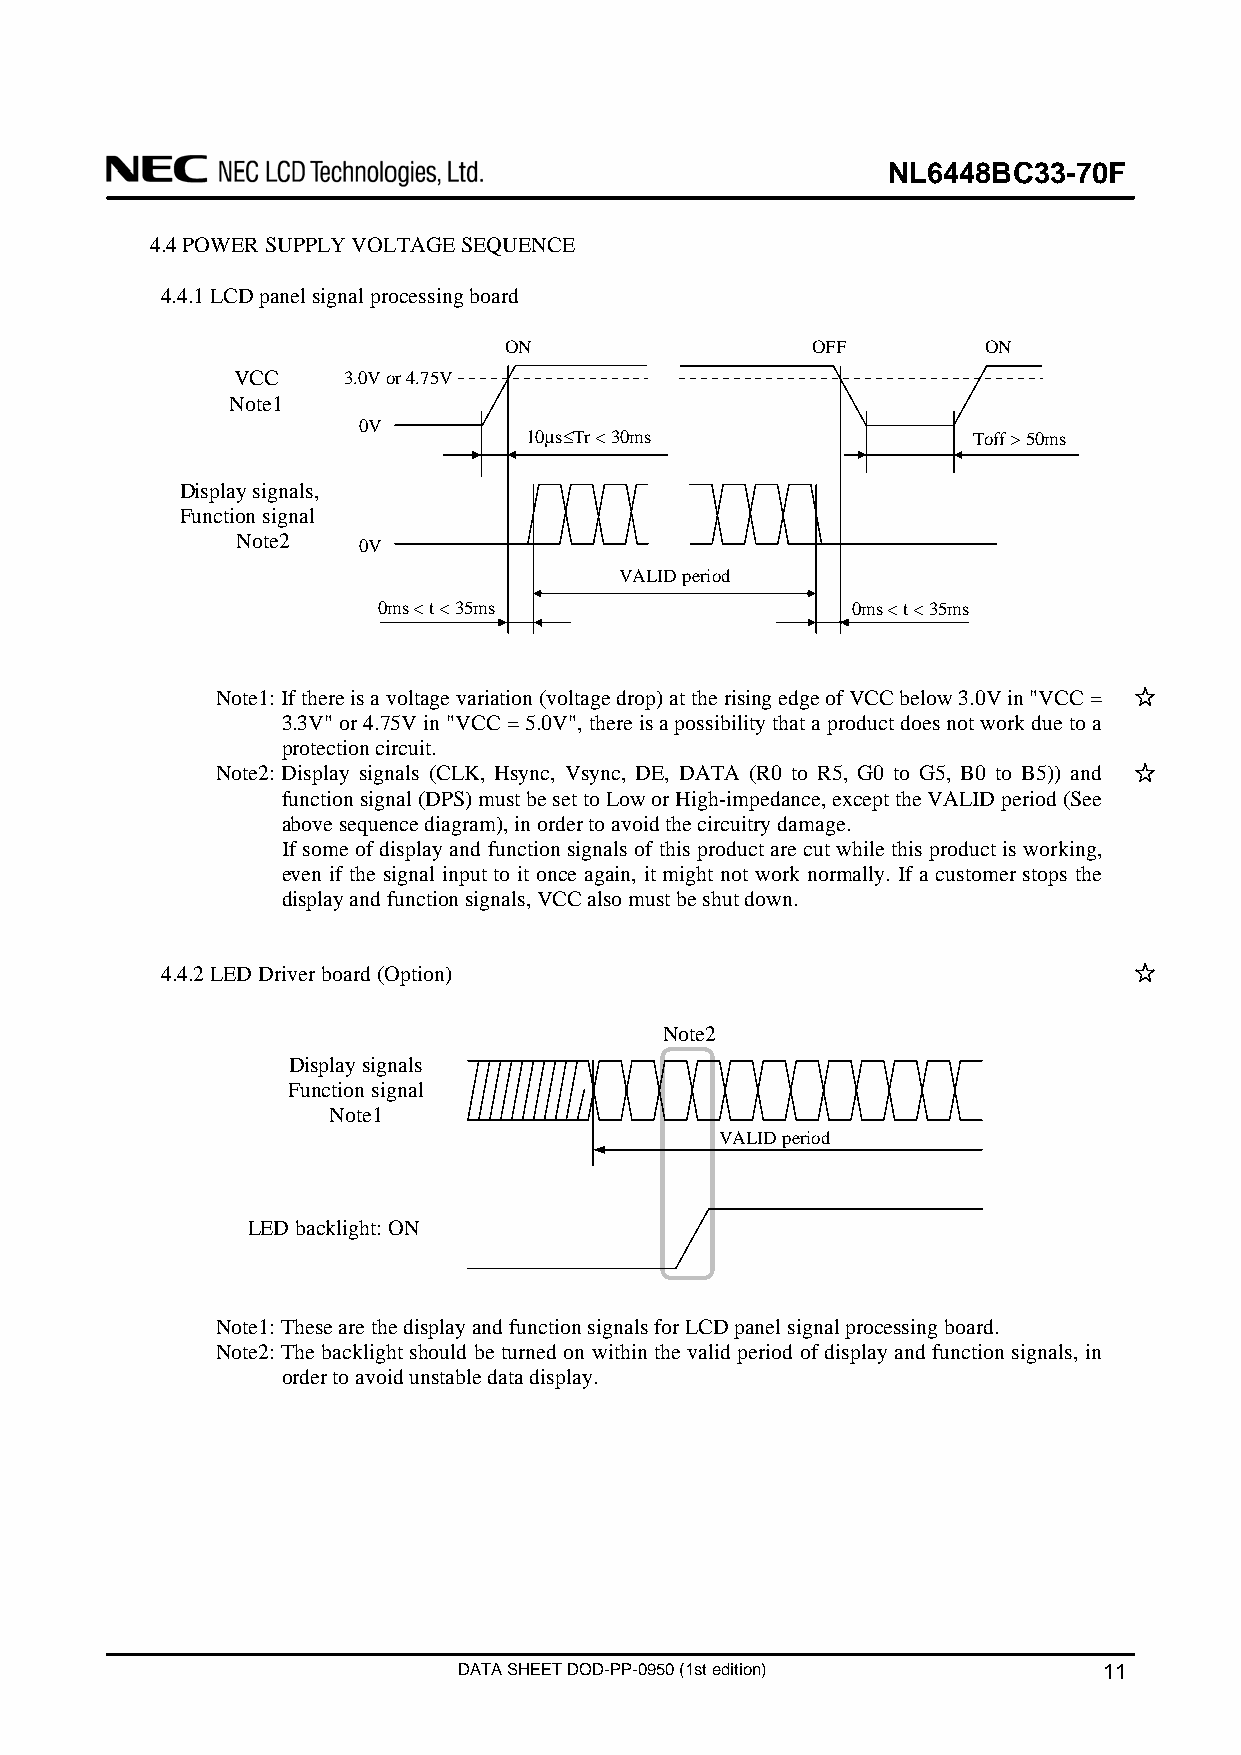
NL6448BC33-70F
 4.4 POWER SUPPLY VOLTAGE SEQUENCE
 4.4.1 LCD panel signal processing board
 ON                   OFF        ON
 VCC     3.0V or 4.75V
 Note1
 0V
 10μs≤Tr < 30ms               Toff > 50ms
 Display signals,
 Function signal
 Note2   0V
 VALID period
 0ms < t < 35ms                 0ms < t < 35ms
 Note1: If there is a voltage variation (voltage drop) at the rising edge of VCC below 3.0V in "VCC =
 3.3V" or 4.75V in "VCC = 5.0V", there is a possibility that a product does not work due to a
 protection circuit.
 Note2: Display signals (CLK, Hsync, Vsync, DE, DATA (R0 to R5, G0 to G5, B0 to B5)) and
 function signal (DPS) must be set to Low or High-impedance, except the VALID period (See
 above sequence diagram), in order to avoid the circuitry damage.
 If some of display and function signals of this product are cut while this product is working,
 even if the signal input to it once again, it might not work normally. If a customer stops the
 display and function signals, VCC also must be shut down.
 4.4.2 LED Driver board (Option)
 Note2
 Display signals
 Function signal
 Note1
 VALID period
 LED backlight: ON
 Note1: These are the display and function signals for LCD panel signal processing board.
 Note2: The backlight should be turned on within the valid period of display and function signals, in
 order to avoid unstable data display.
 DATA SHEET DOD-PP-0950 (1st edition)       11